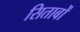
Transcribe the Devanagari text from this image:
सिताबों